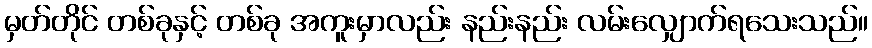
မှတ်တိုင် တစ်ခုနှင့် တစ်ခု အကူးမှာလည်း နည်းနည်း လမ်းလျှောက်ရသေးသည်။